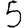
Digit: 5